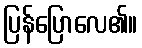
ပြန်ပြောလေ၏။